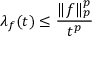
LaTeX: \lambda _ { f } ( t ) \leq { \frac { \| f \| _ { p } ^ { p } } { t ^ { p } } }